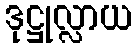
ဒုဋ္ဌုလ္လာယ